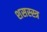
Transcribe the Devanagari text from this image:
शसस्स्त्र